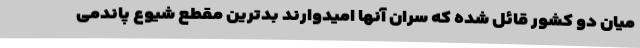
میان دو کشور قائل شده که سران آنها امیدوارند بدترین مقطع شیوع پاندمی